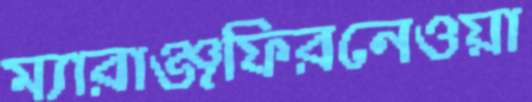
ম্যারাঞ্জফিরনেওয়া